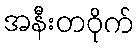
အနီးတဝိုက်